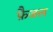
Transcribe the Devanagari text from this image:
फ़ैजल